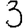
Digit: 3